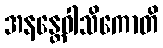
အနန္တေဝါသိကောတိ